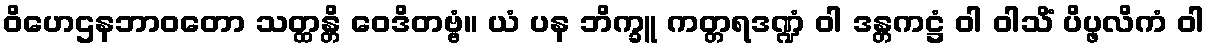
ဝိဟေဌနဘာဝတော သတ္ထန္တိ ဝေဒိတဗ္ဗံ။ ယံ ပန ဘိက္ခူ ကတ္တရဒဏ္ဍံ ဝါ ဒန္တကဋ္ဌံ ဝါ ဝါသိံ ပိပ္ဖလိကံ ဝါ